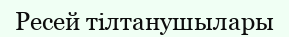
Ресей тілтанушылары